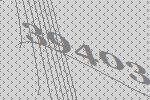
39403